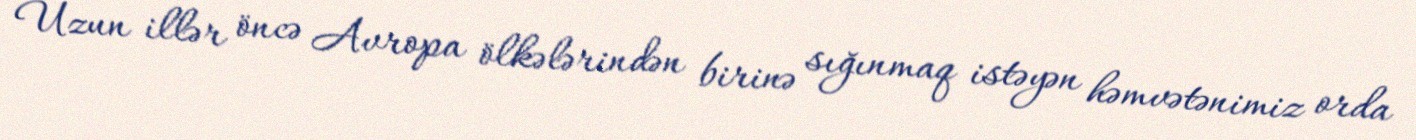
Uzun illər öncə Avropa ölkələrindən birinə sığınmaq istəyən həmvətənimiz orda